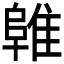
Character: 𱀜